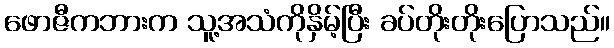
ဖောဇီကဘားက သူ့အသံကိုနှိမ့်ပြီး ခပ်တိုးတိုးပြောသည်။